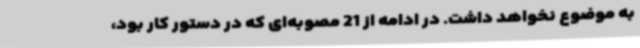
به موضوع نخواهد داشت. در ادامه از 21 مصوبه‌ای که در دستور کار بود،